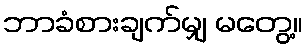
ဘာခံစားချက်မျှ မတွေ့။